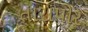
તારાપોર